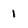
Character: 1